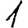
Digit: 1